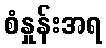
စံနှုန်းအရ